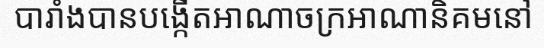
បារាំងបានបង្កើតអាណាចក្រអាណានិគមនៅ